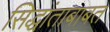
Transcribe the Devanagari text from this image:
सिद्धांताबाबत